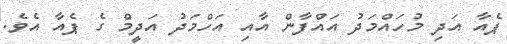
ޕެއާ އަދި މުހައްމަދު އައްފާން އާއި އަހްމަދު އަދީމް ގެ ޕެއާ އެވެ.